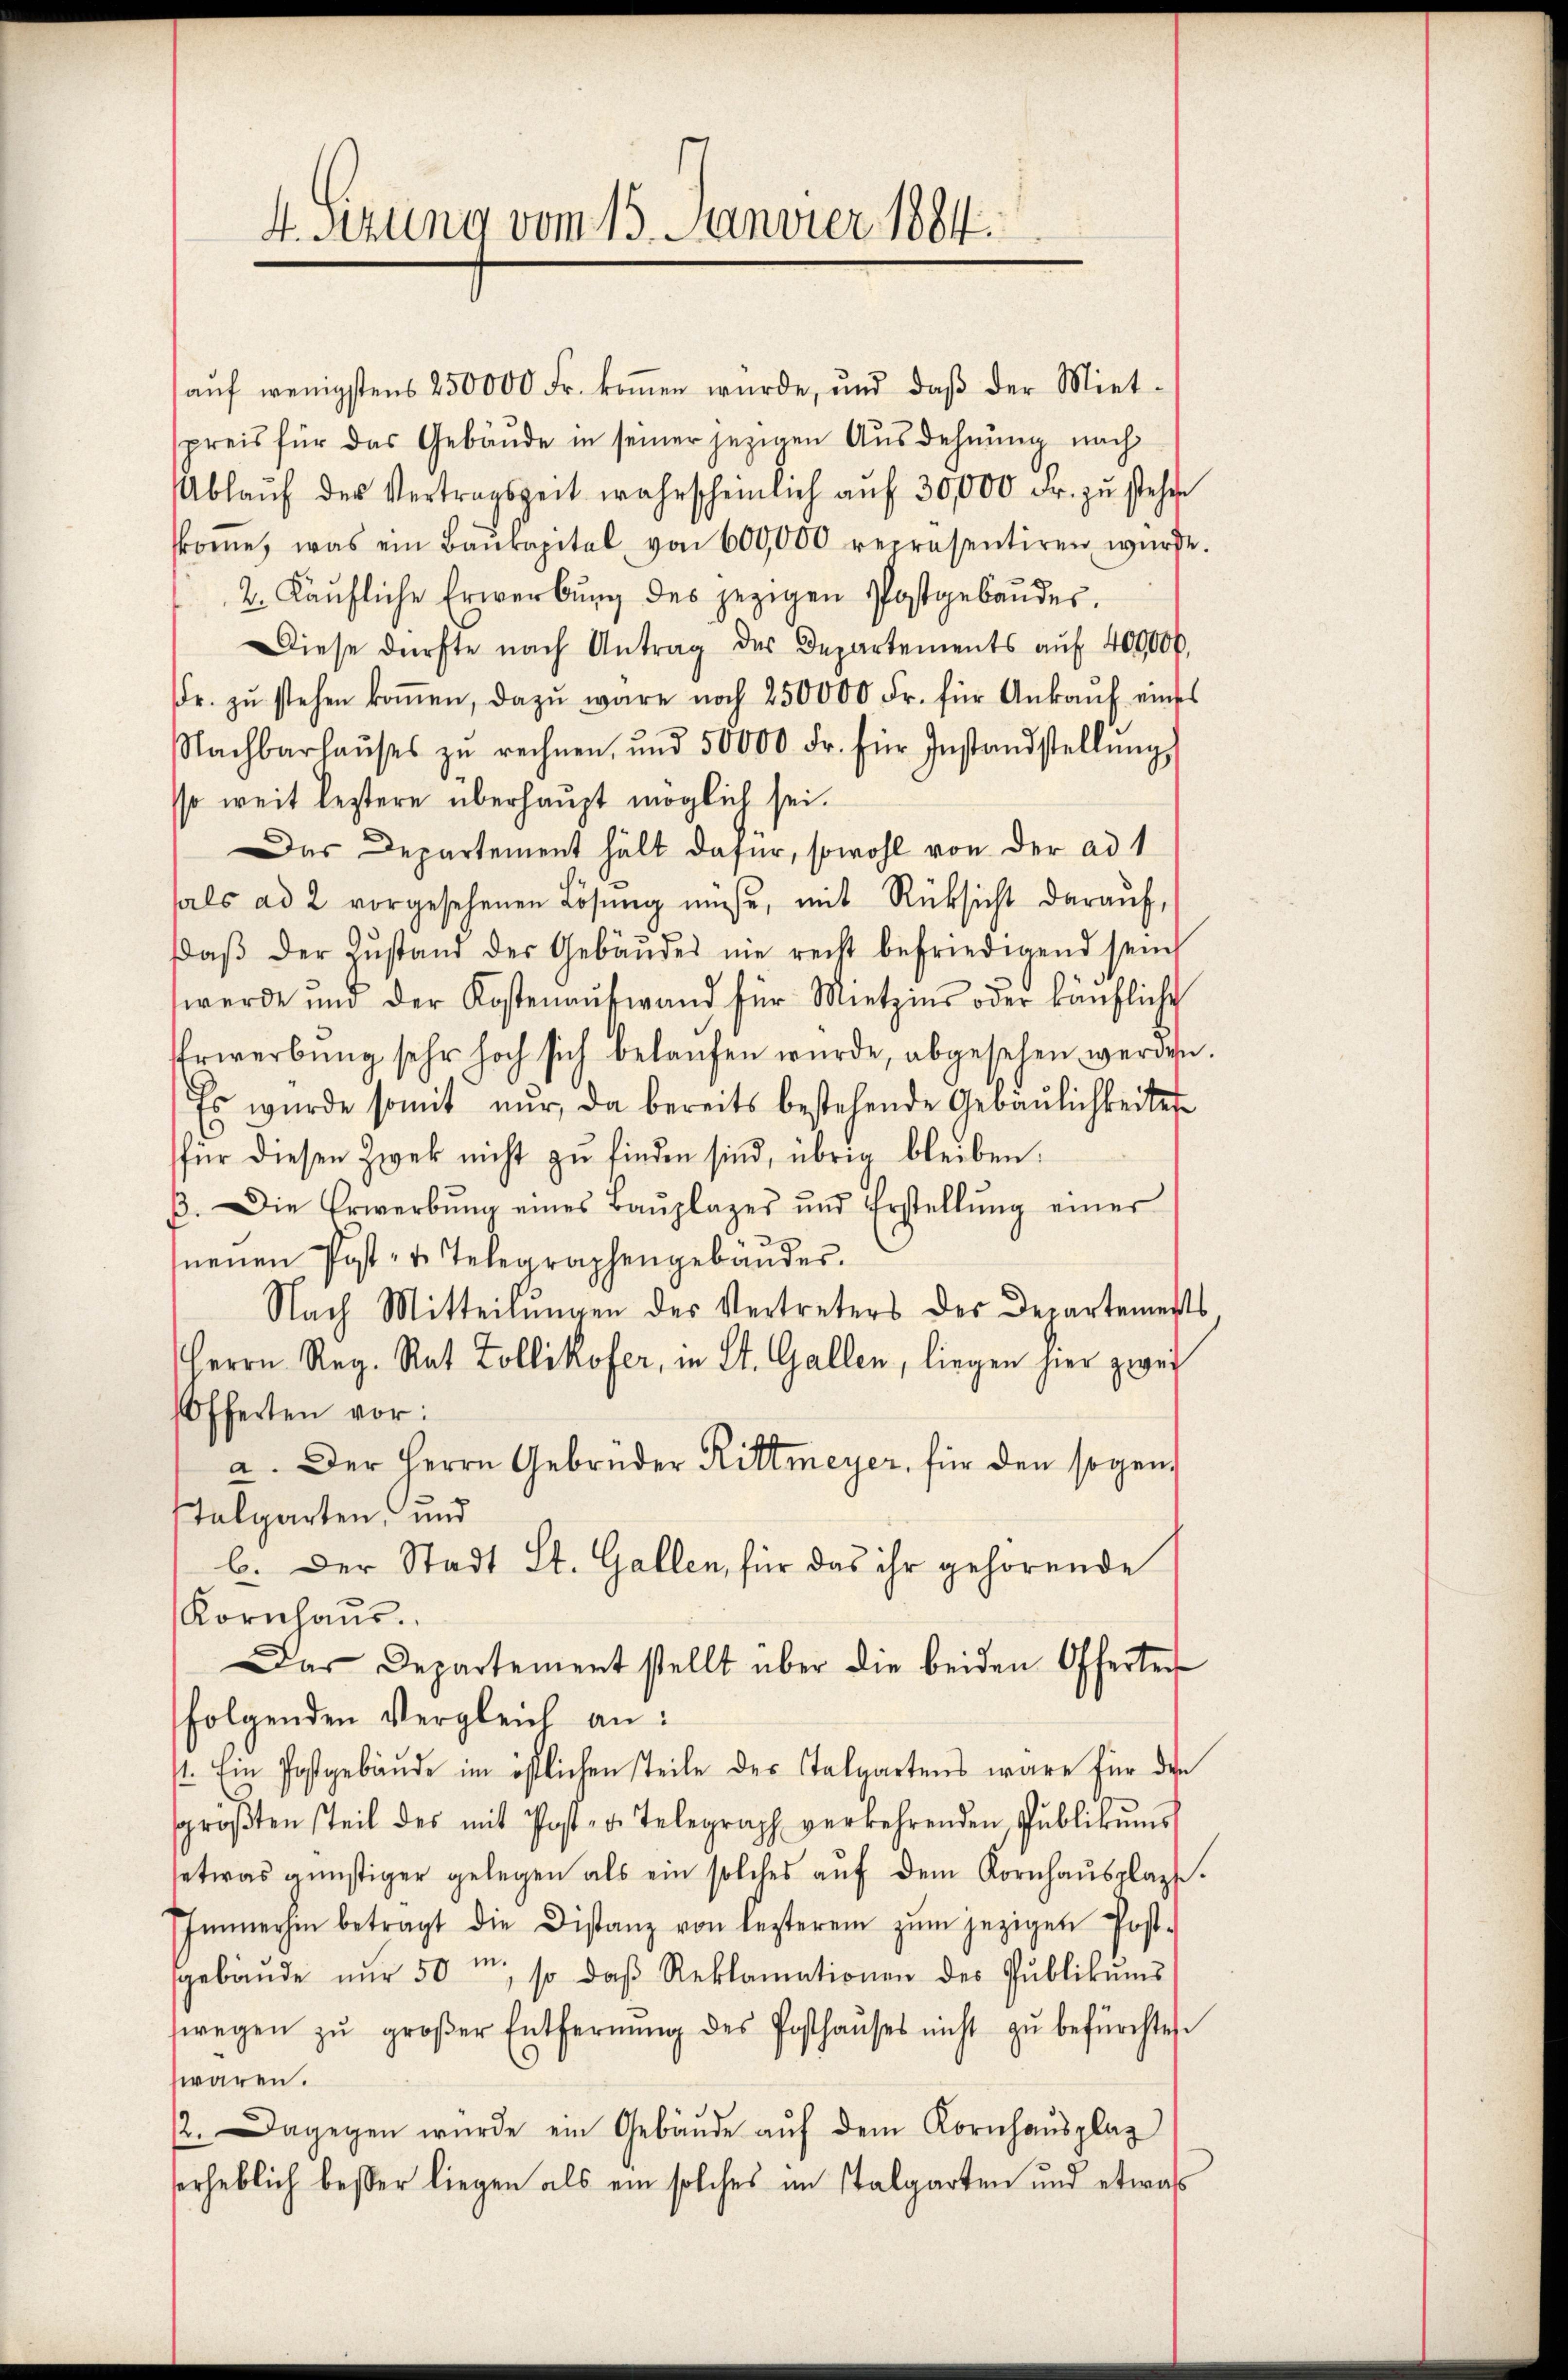
4. Sitzung vom 15. Janvier 1884.

aŭf wenigstens 250000 Fr. koṁen würde, und daβ der Miet-
preis für das Gebäude in seiner jezigen Ausdehnung nach
Ablaŭf der Vertragszeit wahrscheinlich aŭf 30,000 Fr. zŭ stehen
frome, was ein Baŭkapital von 600,000 repräsentiren würde.
2. Käŭfliche Erwerbŭng des jezigen Postgebäŭdes.
Diese dürfte nach Antrag des Departements aŭf 400000.
fr. zŭ stehen koṁen, dazŭ wäre noch 250000 Fr. für Ankaŭf eines
Nachbarhaŭses zŭ rechnen, und 50000 Fr. für Instandstellŭng,
so weit leztere überhaupt möglich sei.
Das Departement hält dafür, sowohl von der ad 1
hals ad 2 vorgesehenen Lösung müsse, mit Rücksicht daraŭf,
daβ der Zŭstand der Gebäŭdes nie recht befriedigend sein
werde und der Kostenaufwand für Mietzins oder käŭfliche
Erwerbŭng sehr hoch sich belaŭfen würde, abgesehen werden.
Es wurde somit nŭr da bereits bestehende Geraŭlichkeitet
für diesen Zwek nicht zŭ finden sind, übrig bleiben.
ß. Die Erwerbŭng eines Baŭplages und Erstellŭng einer
neuen Post- u. Telegraphengebäudes.
Nach Mitteilungen des Vertreters des Departements
Herrn Reg. Rat Zollikofer, in St. Gallen, liegen hier zwei
Offerten vor:
a. Der Herrn Gebrüder Rittmeyer, für den sogen.
talgarten, und
b. Der Stadt St. Gallen, für das ihr gehörende
Kornhaŭs.
Das Departement stellt über die beiden Offerter
folgenden Vergleich an:
11. Im Postgebäŭde im östlichen steile des Talaartens wäre für den
sgroβten steil des mit Post- u. Telegraph verkehrenden Publikŭms
setwas günstiger gelegen als ein solches aŭf dem Kornhaŭsplagte.
Immerhin betragt die Distanz von lezterem zŭm jezigen Post-
gebäŭde nŭr 50 m so daβ Reklamationen des Pŭblikŭms
swegen zŭ groβer Entfernŭng des Posthaŭses nicht zŭ befürchtes.
waren.
12. Dagegen wurde ein Gebäŭde aŭf dem Kornhaŭsplag
serheblich besser liegen als ein solches im Stalgarten und etwas